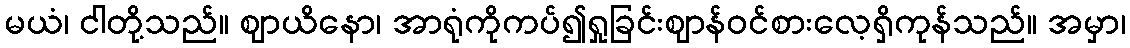
မယံ၊ ငါတို့သည်။ ဈာယိနော၊ အာရုံကိုကပ်၍ရှုခြင်းဈာန်ဝင်စားလေ့ရှိကုန်သည်။ အမှာ၊